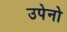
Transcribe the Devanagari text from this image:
उपेनो